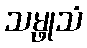
သမ္ဖုသံ